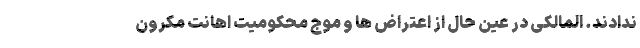
ندادند. المالکی در عین حال از اعتراض ها و موج محکومیت اهانت مکرون